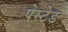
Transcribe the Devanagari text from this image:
पेस्टेड